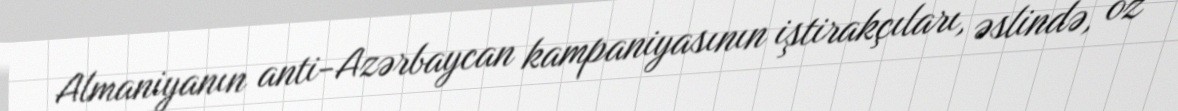
Almaniyanın anti-Azərbaycan kampaniyasının iştirakçıları, əslində, öz